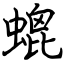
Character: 螕